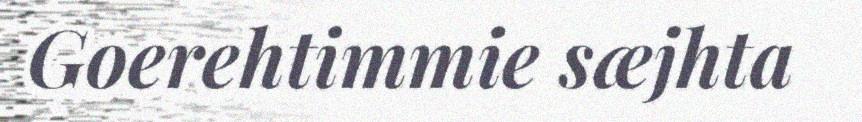
Goerehtimmie sæjhta